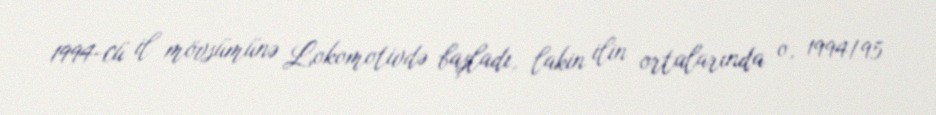
1994-cü il mövsümünə Lokomotivdə başladı, lakin ilin ortalarında o, 1994/95